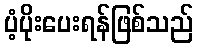
ပံ့ပိုးပေးရန်ဖြစ်သည်